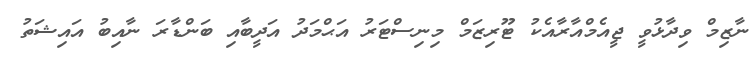
ނާޒިމް ވިދާޅުވީ ޖީއެމްއާރާއެކު ޓޫރިޒަމް މިނިސްޓަރު އަޙްމަދު އަދީބާއި ބަންޑާރަ ނާއިބު އައިޝަތު